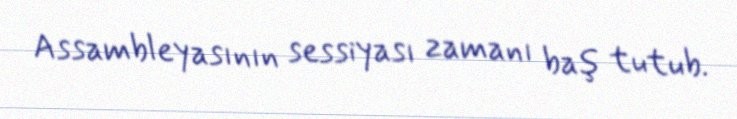
Assambleyasının sessiyası zamanı baş tutub.